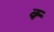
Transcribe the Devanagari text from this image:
क्‍